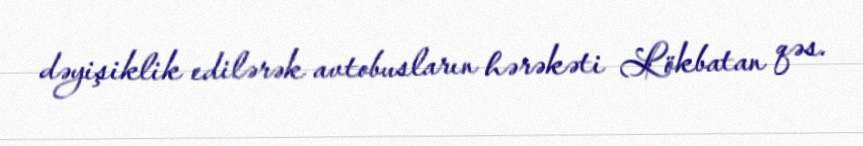
dəyişiklik edilərək avtobusların hərəkəti Lökbatan qəs.